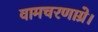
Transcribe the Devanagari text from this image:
वामचरणाग्रे।